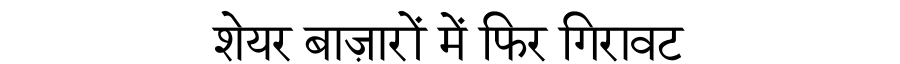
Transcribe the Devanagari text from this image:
शेयर बाज़ारों में फिर गिरावट